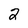
Character: 2